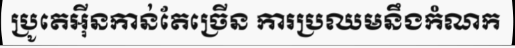
ប្រូតេអ៊ីនកាន់តែច្រើន ការប្រឈមនឹងកំណក